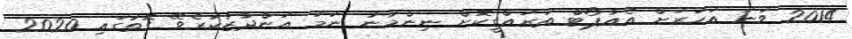
2014 ވަނަ އަހަރަށް އެއާޕޯޓް ތަރައްގީކޮށް ނިންމުނު ނަމަ އަންދާޒާކުރެވޭ ގޮތުގައި 2020